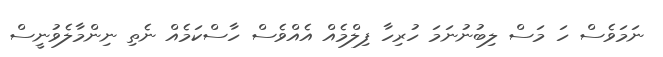
ނަމަވެސް ހަ މަސް ލިބުނުނަމަ ހުރިހާ ފިލްމެއް އެއްވެސް ހާސްކަމެއް ނެތި ނިންމާލެވުނީސް